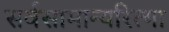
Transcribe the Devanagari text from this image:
सर्वसामान्यरित्या